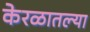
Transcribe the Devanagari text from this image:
केरळातल्या